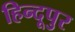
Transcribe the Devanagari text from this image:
हिन्दूपुर